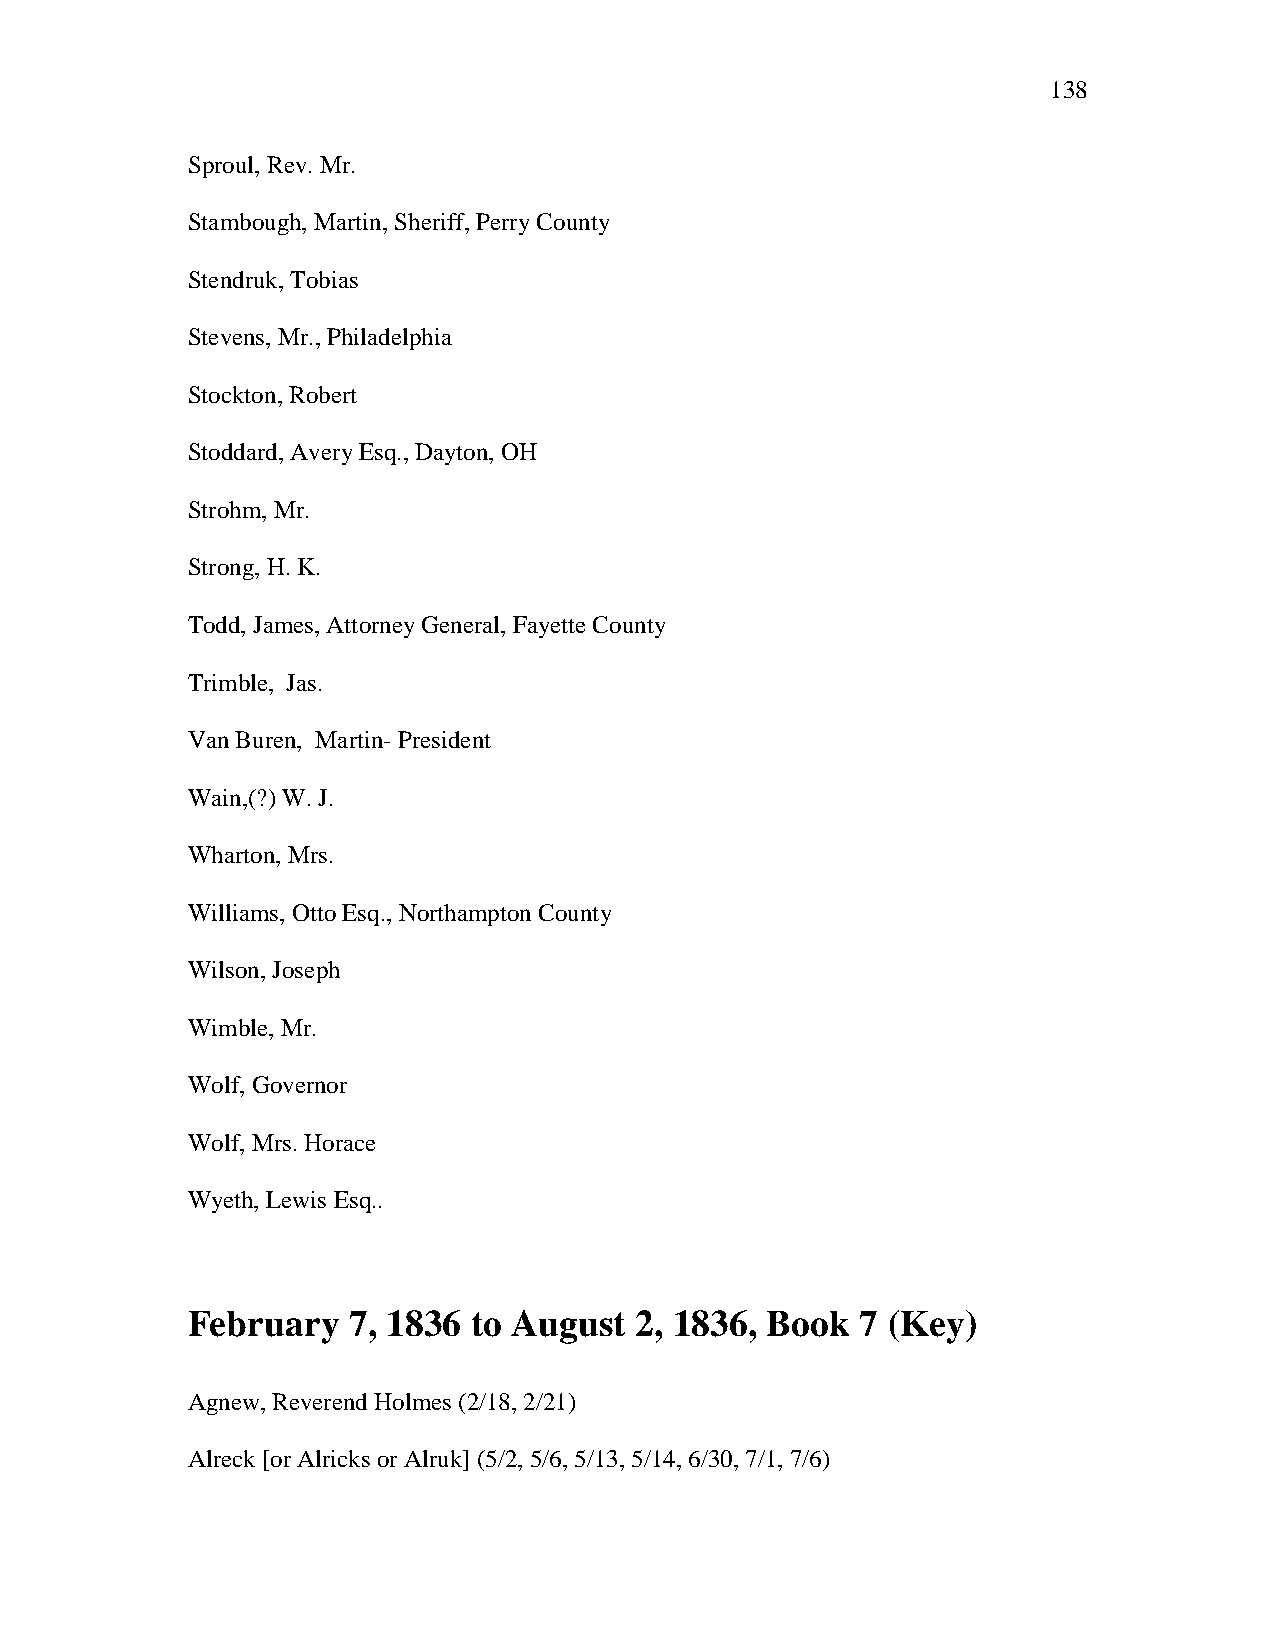
138
 Sproul, Rev. Mr.
 Stambough, Martin, Sheriff, Perry County
 Stendruk, Tobias
 Stevens, Mr., Philadelphia
 Stockton, Robert
 Stoddard, Avery Esq., Dayton, OH
 Strohm, Mr.
 Strong, H. K.
 Todd, James, Attorney General, Fayette County
 Trimble, Jas.
 Van Buren, Martin- President
 Wain,(?) W. J.
 Wharton, Mrs.
 Williams, Otto Esq., Northampton County
 Wilson, Joseph
 Wimble, Mr.
 Wolf, Governor
 Wolf, Mrs. Horace
 Wyeth, Lewis Esq..
 February   7, 1836 to August  2, 1836, Book  7 (Key)
 Agnew, Reverend Holmes (2/18, 2/21)
 Alreck [or Alricks or Alruk] (5/2, 5/6, 5/13, 5/14, 6/30, 7/1, 7/6)